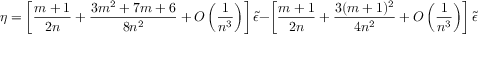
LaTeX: \eta = \left[ { \frac { m + 1 } { 2 n } } + { \frac { 3 m ^ { 2 } + 7 m + 6 } { 8 n ^ { 2 } } } + O \left( { \frac { 1 } { n ^ { 3 } } } \right) \right] \tilde { \epsilon } - \left[ { \frac { m + 1 } { 2 n } } + { \frac { 3 ( m + 1 ) ^ { 2 } } { 4 n ^ { 2 } } } + O \left( { \frac { 1 } { n ^ { 3 } } } \right) \right] \tilde { \epsilon } ^ { 2 } + O ( \tilde { \epsilon } ^ { 3 } ) .